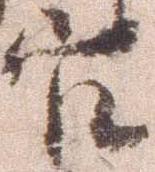
官